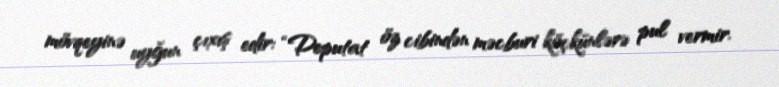
mövqeyinə uyğun çıxış edir: “Deputat öz cibindən məcburi köçkünlərə pul vermir.